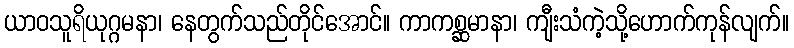
ယာဝသူရိယုဂ္ဂမနာ၊ နေတွက်သည်တိုင်အောင်။ ကာကစ္ဆမာနာ၊ ကျီးသံကဲ့သို့ဟောက်ကုန်လျက်။